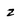
Character: z